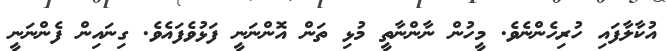
އުކާލާފައި ހުރިހެންނެވެ. މީހުން ނާންނާތީ މުޅި ތަން އޮންނަނީ ފަޅުވެފައެވެ. ގިނައިން ފެންނަނީ